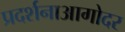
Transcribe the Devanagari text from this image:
प्रदर्शनाआगोदर